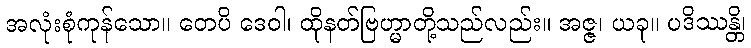
အလုံးစုံကုန်သော။ တေပိ ဒေဝါ၊ ထိုနတ်ဗြဟ္မာတို့သည်လည်း။ အဇ္ဇ၊ ယခု။ ပဒိဿန္တိ၊